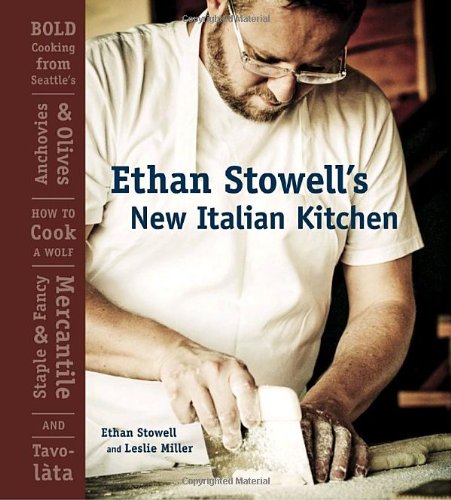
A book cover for Ethan Stowell's New Italian Kitchen: Bold Cooking from Seattle's Anchovies & Olives, How to Cook A Wolf, Staple & Fancy Mercantile, and TavolÃ ta; Ethan Stowell; Cookbooks, Food & Wine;